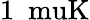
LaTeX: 1~\mathrm{\ muK}